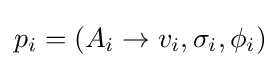
p_{i}=(A_{i}\to v_{i},\sigma _{i},\phi _{i})